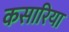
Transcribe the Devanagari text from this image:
कसारिया